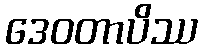
ဒေဝတာပိဿ